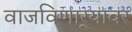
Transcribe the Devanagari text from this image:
वाजविणार्‍यावर